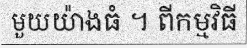
មួយយ៉ាងធំ ។ ពីកម្មវិធី